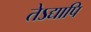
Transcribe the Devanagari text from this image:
तेऽद्यापि